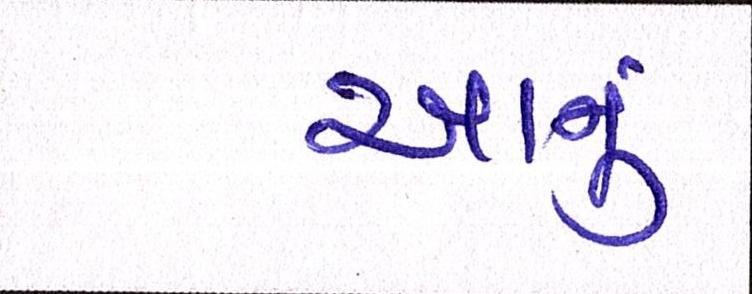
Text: આનું